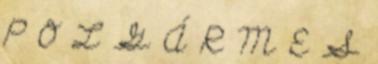
P O L G Á R M E S